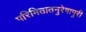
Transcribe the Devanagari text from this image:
परिमितातनुरेषापुरी